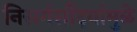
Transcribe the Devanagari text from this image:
निसर्गसौंदर्यामुळे